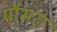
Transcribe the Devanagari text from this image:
पौसरा